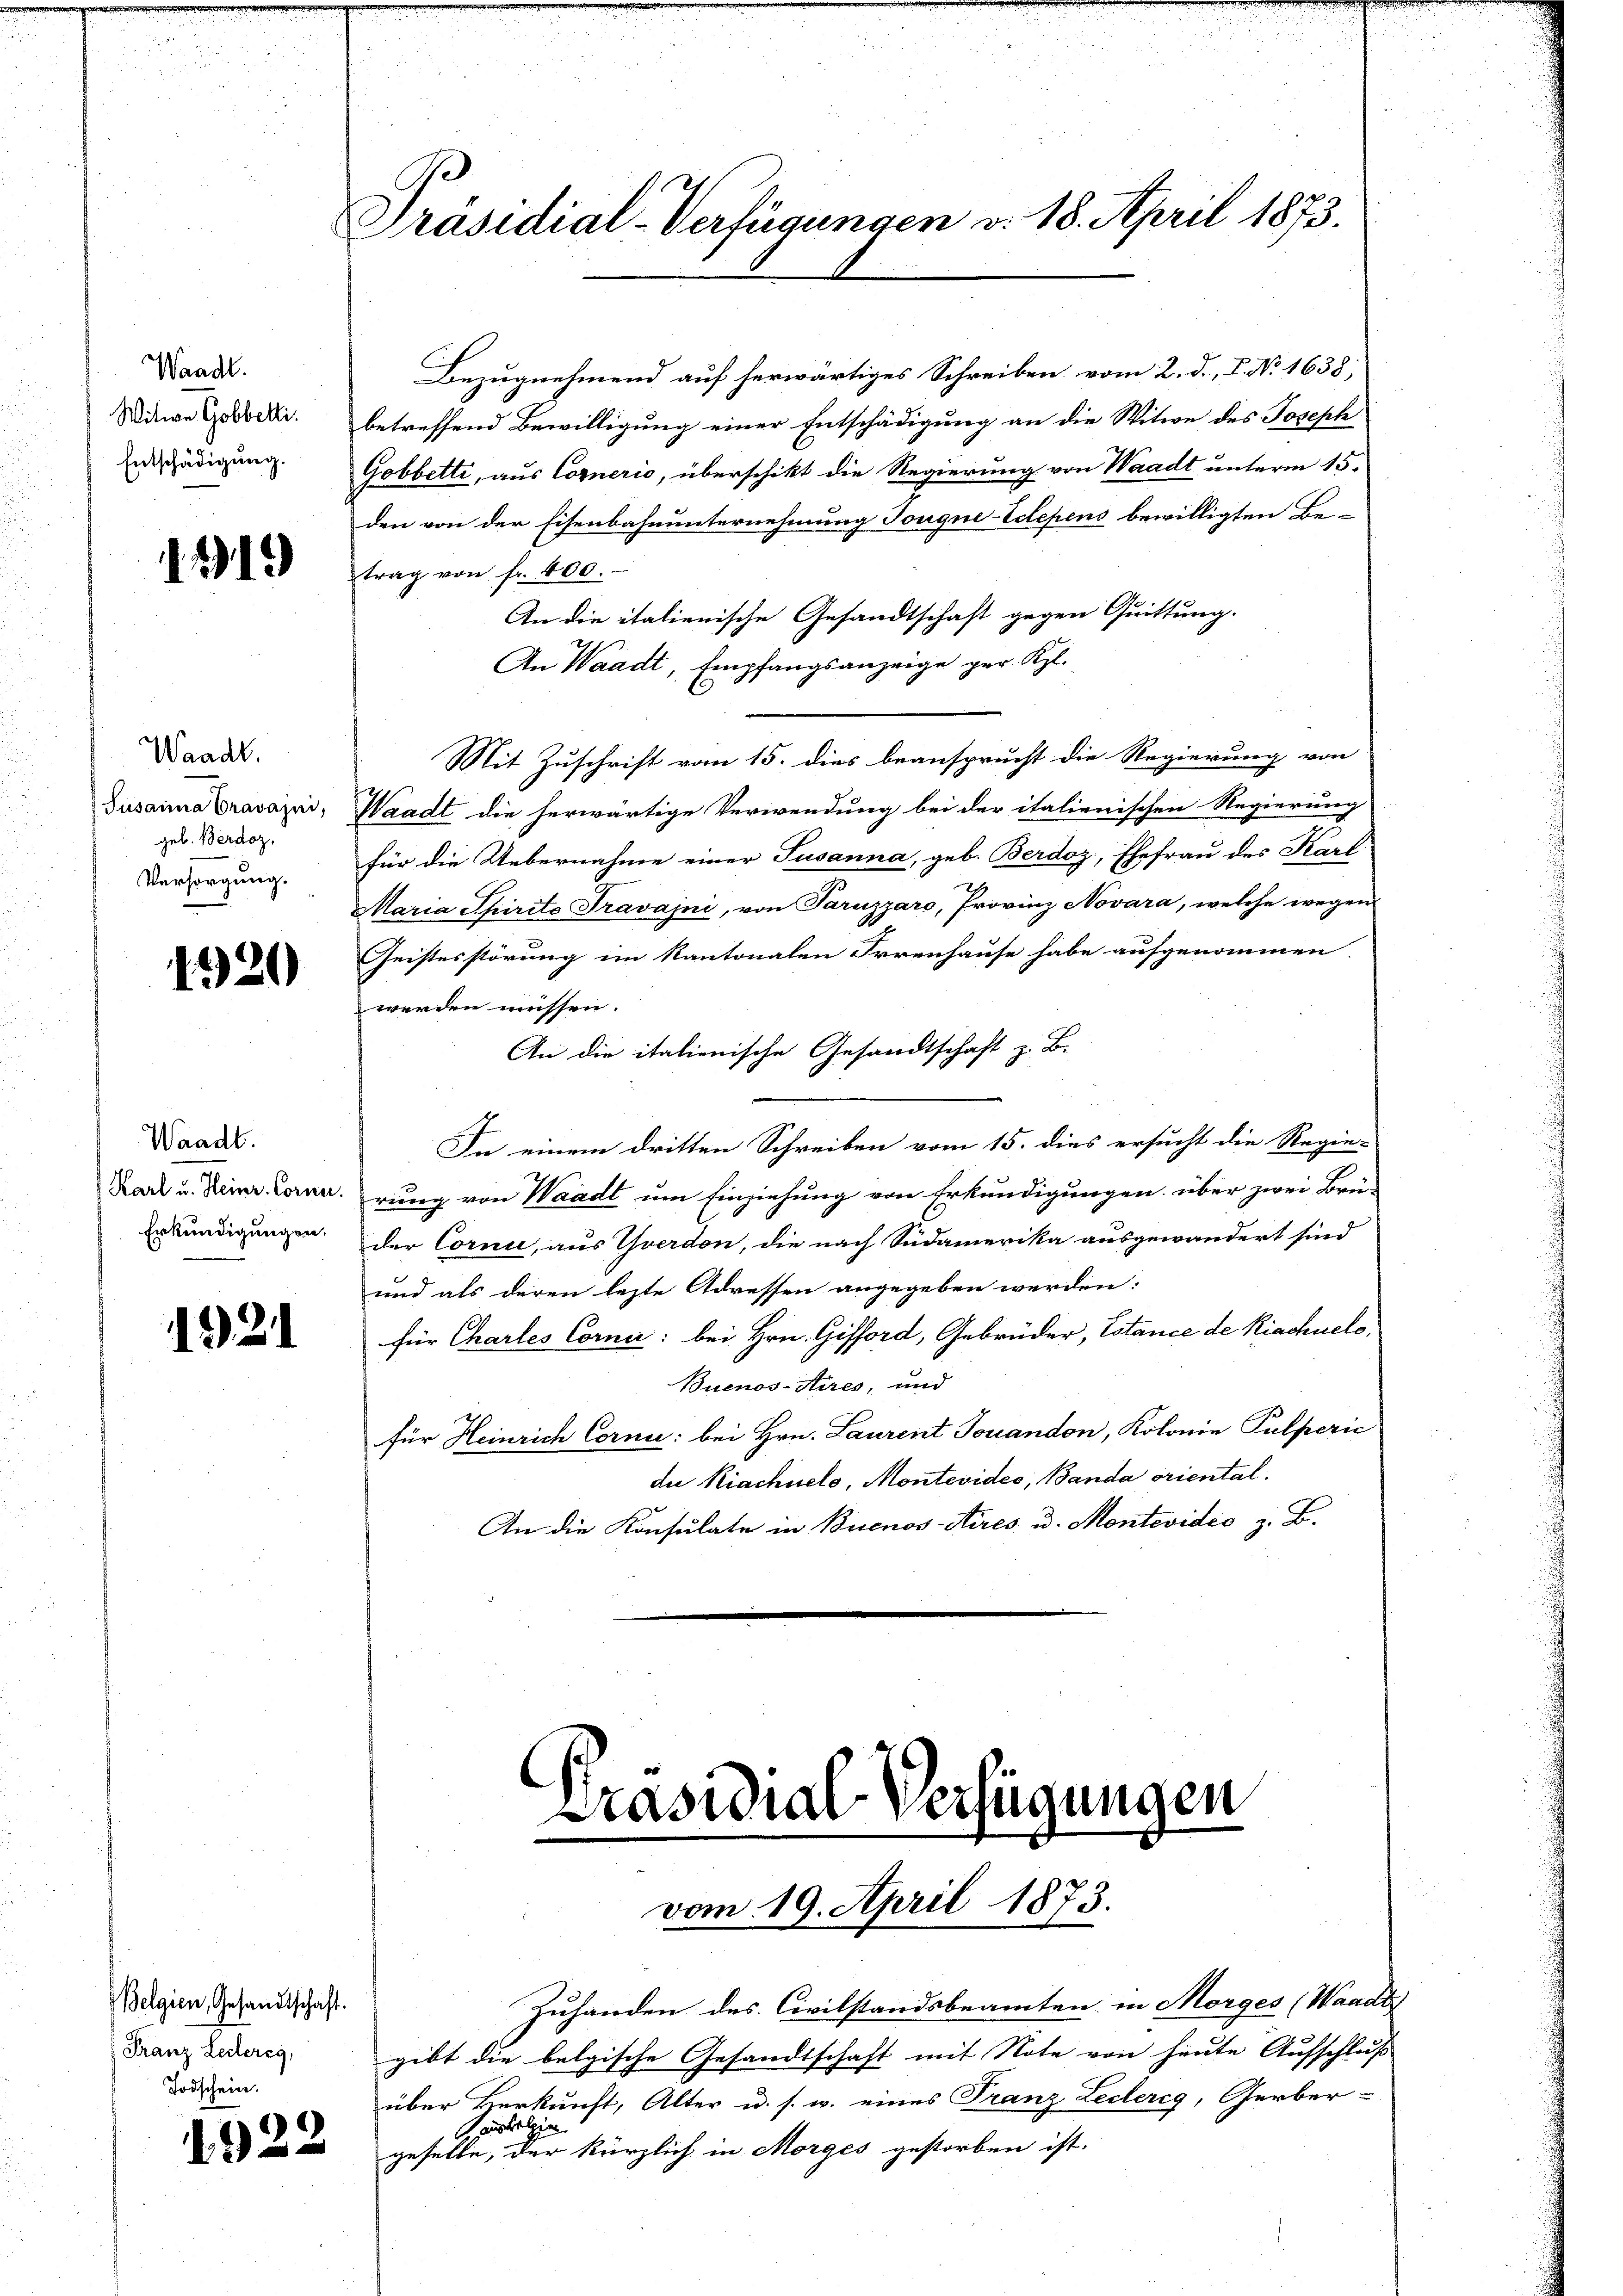
Waadt.
Witwe Gobbelti.
Entschädigung.

1919

Waadt.
Susanna Cravajni,
geb. Berdoz,
Versorgung.

1320

Waadt.
Erkundigungen.

1221

Belgien, Gesandtschaft.
Franz Leiberg,
Todschein.

922

Ge
Präsidial-Verfügungen v. 18. April 1873.

Bezugnehmend auf herwärtiges Schreiben vom 2. d. 1. No. 1638,
betreffend Bewilligung einer Entschädigung an die Witwe des Joseph
Gobbetti, aus Cornerie, überschikt die Regierung von Waadt unterm 15.
den von der Eisenbahnunternehmung Tougne-Eclepins bewilligten Be-
trag von fr. 400.
An die italienische Gesandtschaft gegen Quittung.
An Waadt, Empfangsanzeige ger. Kgl.
Mit Zuschrift vom 15. dies beansprucht die Regierung von
Waadt die herwärtige Verwendung bei der italienischen Regierung
für die Uebernahme einer Susanna, geb. Berdoz, Ehefrau des Karl
Maria Spirite Fravajni, von Paruzzaro, Provinz Novara, welche wegen
Geistesstörung im Kantonalen Irrenhause habe aufgenommen
werden müssen.
An die italienische Gesandtschaft z. B.
In einem dritten Schreiben vom 15. dies ersucht die Regie-
Kark u. Seine Cornerung von Waadt um Einziehung von Erkundigungen über zwei Brü-
der Corni, aus Yverdon, die nach Südamerika ausgewandert sind
und als deren lezte Adressen angegeben werden:
für Chartes Corni: bei Hrn. Gisford, Gebrüder, Estance de Kirchnelo,
Buenos-Aires, und
für Heinrich Cornie: bei Hrn. Laurent Jovandon, Kolonie Pulperić
die Kiachnels, Montevidee, Banda oriental
An die Konsulate in Buenos-Aires u. Montevidie z. B.

Präsidial-Verfügungen
vom 19. April 1873.

Zuhanden des Civilstandsbeamten in Morges (Waadt
gibt die belgische Gesandtschaft mit Note von heute Aufschluß
über Verkunft, Alter u. s. w. eines Franz Lederig, Gerber-
asbelgien
geselbe, der kürzlich in Morges gestorben ist.